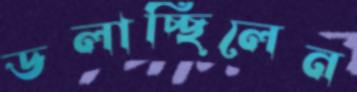
ডলাচ্ছিলেন